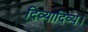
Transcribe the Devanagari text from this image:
दिव्यादिव्य।